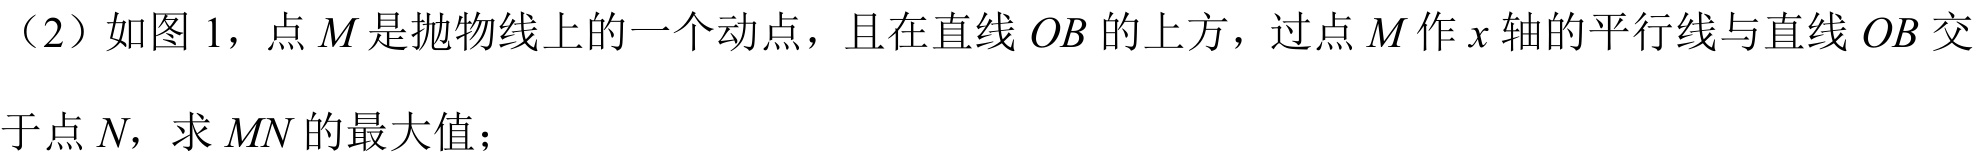
（2）如图 1，点\(M\)是抛物线上的一个动点，且在直线\(OB\)的上方，过点\(M\)作\(x\)轴的平行线与直线\(OB\)交
于点\(N\)，求\(MN\)的最大值；